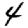
Digit: 4